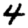
Digit: 4